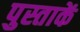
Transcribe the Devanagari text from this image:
पुस्ताकें